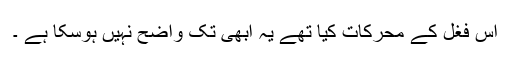
اس فغل کے محرکات کیا تھے یہ ابھی تک واضح نہیں ہوسکا ہے ۔